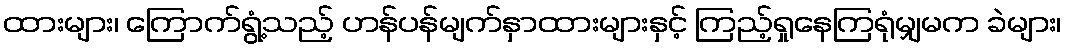
ထားများ၊ ကြောက်ရွံ့သည့် ဟန်ပန်မျက်နှာထားများနှင့် ကြည့်ရှုနေကြရုံမျှမက ခဲများ၊